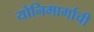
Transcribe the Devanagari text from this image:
योनिमार्गाची